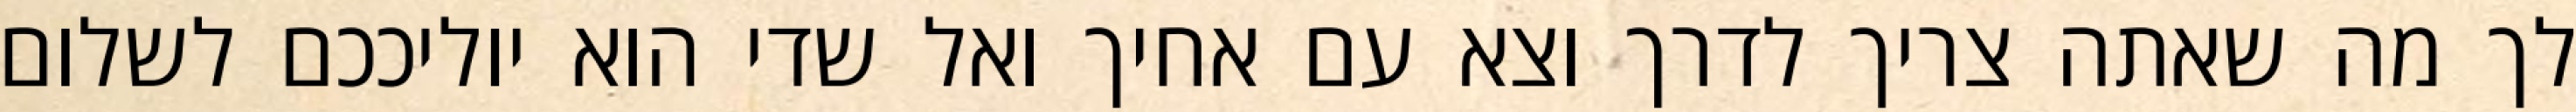
לך מה שאתה צריך לדרך וצא עם אחיך ואל שדי הוא יוליככם לשלום